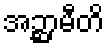
အဉ္ဆာမီတိ